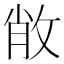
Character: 𢽐